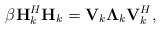
LaTeX: \begin{align*}\beta\textbf{H}_k^H\textbf{H}_k=\textbf{V}_k \mathbf{\Lambda}_k\textbf{V}_k^H,\end{align*}